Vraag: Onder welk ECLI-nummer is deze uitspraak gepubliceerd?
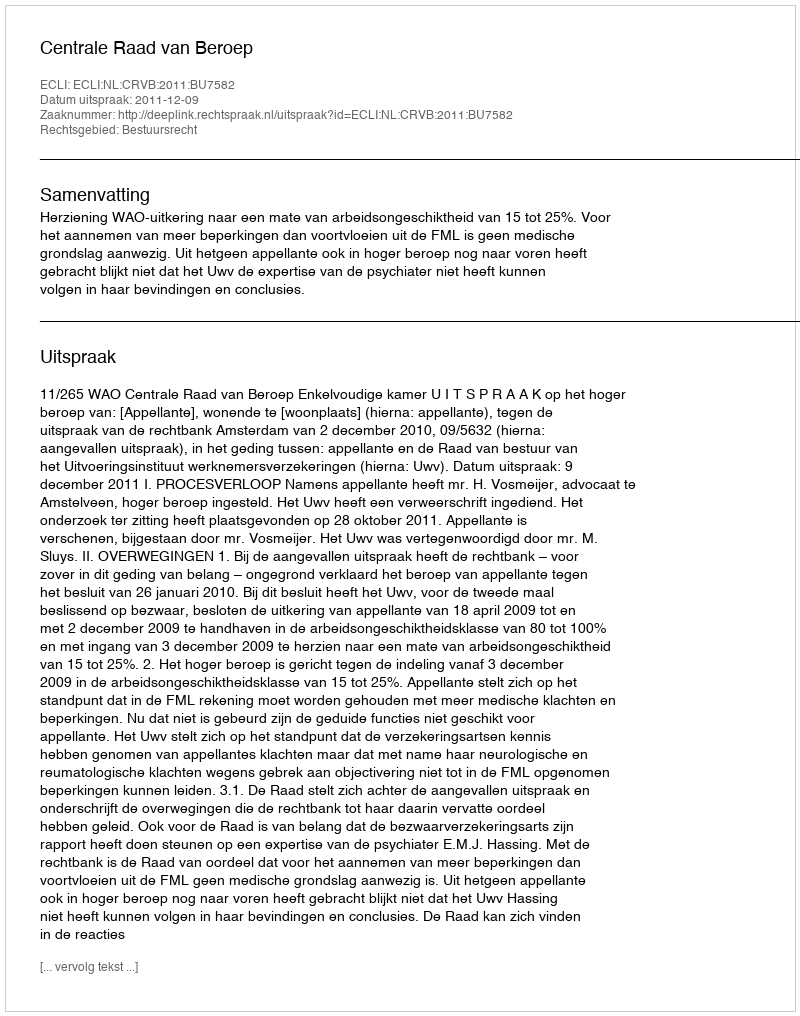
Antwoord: ECLI:NL:CRVB:2011:BU7582